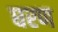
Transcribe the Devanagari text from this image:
घरण